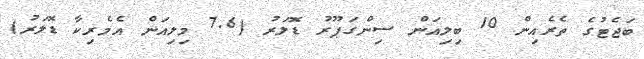
ބަޖެޓުގެ ތެރެއިން 10 ބިލިއަން ސިންގަޕޫރު ޑޮލަރު (7.6 މިލިއަން އެމެރިކާ ޑޮލަރު)